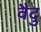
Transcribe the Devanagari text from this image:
वैदु